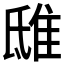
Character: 𨾦